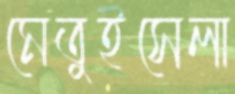
মেতুইসেলা